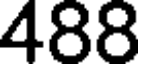
488